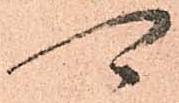
可